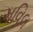
મવિલ